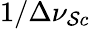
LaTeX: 1/\Delta\nu_{\mathcal{S}c}